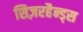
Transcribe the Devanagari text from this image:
सिज़रहैन्ड्स